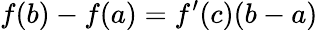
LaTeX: f(b)-f(a)=f^{\prime}(c)(b-a)